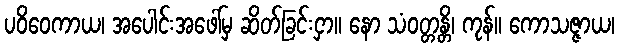
ပဝိဝေကာယ၊ အပေါင်းအဖေါ်မှ ဆိတ်ခြင်းငှာ။ နော သံဝတ္တန္တိ၊ ကုန်။ ကောသဇ္ဇာယ၊